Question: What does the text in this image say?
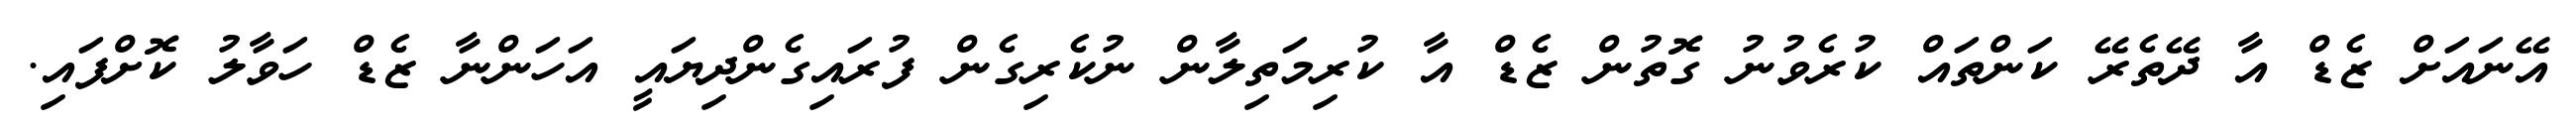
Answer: އޭނައަށް ޒެޑް އާ ދޭތެރޭ ކަންތައް ކުރެވުނު ގޮތުން ޒެޑް އާ ކުރިމަތިލާން ނުކެރިގެން ފުރައިގެންދިޔައީ އަހަންނާ ޒެޑް ހަވާލު ކޮށްފައި.